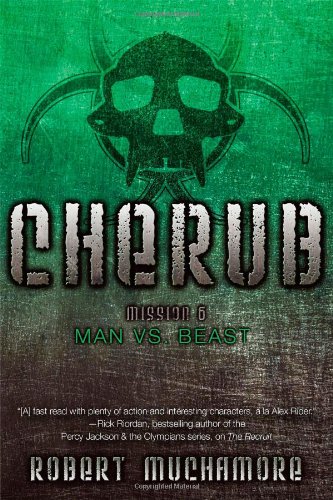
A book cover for Man vs. Beast (CHERUB); Robert Muchamore; Teen & Young Adult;